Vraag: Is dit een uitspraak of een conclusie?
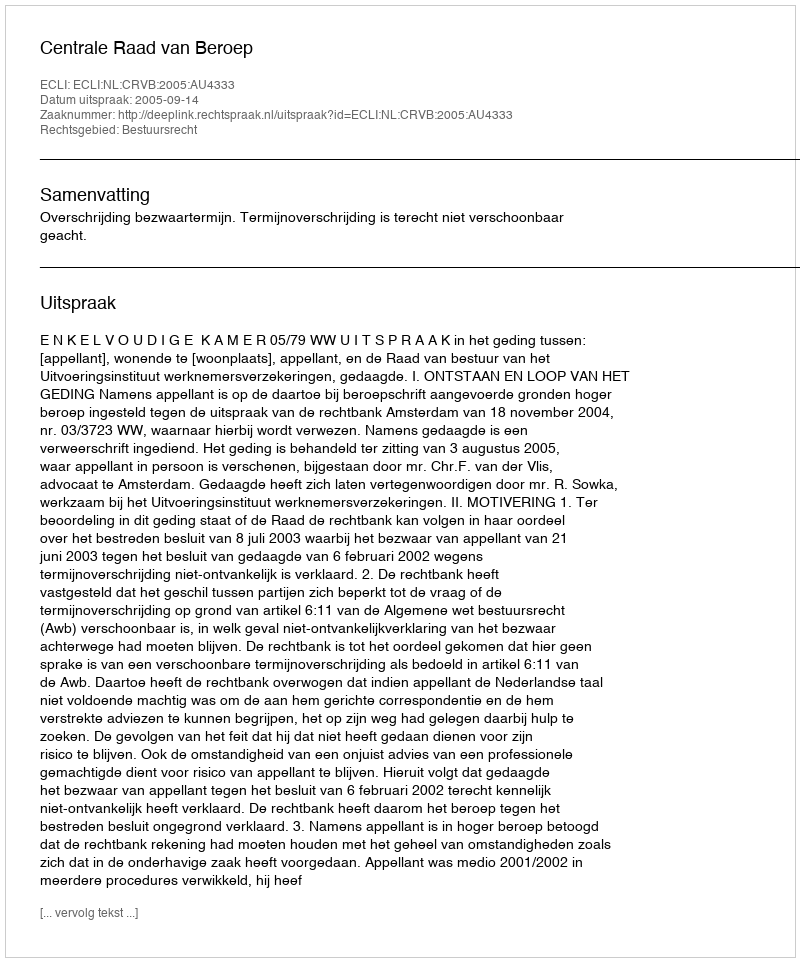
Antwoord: Uitspraak